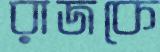
রাজকে